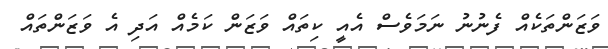
ވަޒަންތަކެއް ފެނުނު ނަމަވެސް އެއީ ކިތައް ވަޒަން ކަމެއް އަދި އެ ވަޒަންތައް